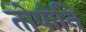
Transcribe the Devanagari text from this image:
तोषोनि